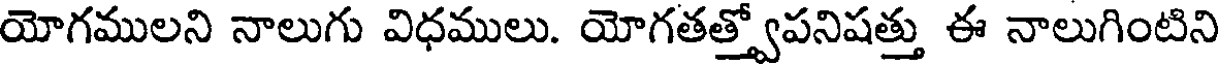
యోగములని నాలుగు విధములు. యోగతత్త్వోపనిషత్తు ఈ నాలుగింటిని